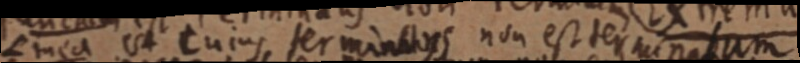
Linea est cuius terminans non est terminatum